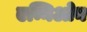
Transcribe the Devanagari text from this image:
एम्निओन